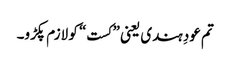
تم عودِ ہندی یعنی ”کست“ کو لازم پکڑو۔